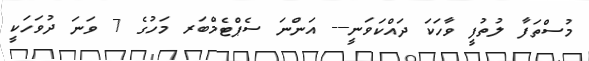
މުސްތަފާ ލުތުފީ ވާހަކަ ދައްކަވަނީ--- އަންނަ ސެޕްޓެމްބަރ މަހުގެ 7 ވަނަ ދުވަހަކީ